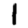
Digit: 1